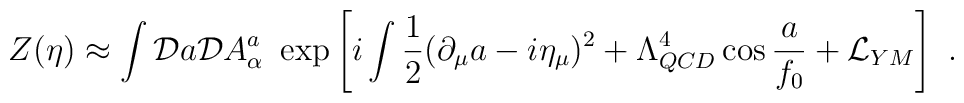
Z(\eta) \approx  \int {\cal D} a   {\cal D} A_\alpha^a\  \exp \left[i \int{1\over 2}  (\partial _\mu a  -i \eta_\mu )^2   + \Lambda^4_{QCD} \cos {a\over f_0} + {\cal L}_{YM} \right] \ .